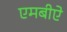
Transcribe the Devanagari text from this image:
एमबीऐ